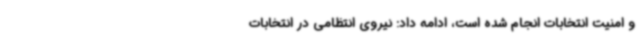
و امنیت انتخابات انجام شده است، ادامه داد: نیروی انتظامی در انتخابات